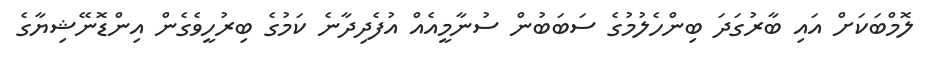
ލޮމްބަކަށް އައި ބާރުގަދަ ބިންހެލުމުގެ ސަބަބުން ސުނާމީއެއް އުފެދިދާނެ ކަމުގެ ބިރުހީވެގެން އިންޑޮނޭޝިޔާގެ